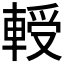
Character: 𰹘